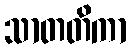
သာတတိကာ